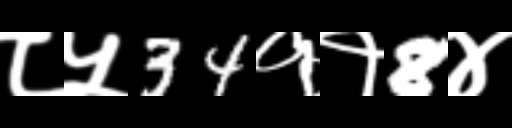
Text: ८५34११8४